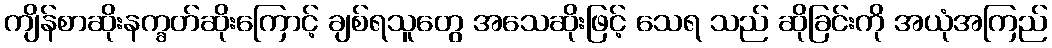
ကျိန်စာဆိုးနက္ခတ်ဆိုးကြောင့် ချစ်ရသူတွေ အသေဆိုးဖြင့် သေရ သည် ဆိုခြင်းကို အယုံအကြည်